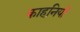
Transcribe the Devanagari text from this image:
काहनियों